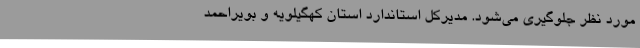
مورد نظر جلوگیری می‌شود. مدیرکل استاندارد استان کهگیلویه و بویراحمد